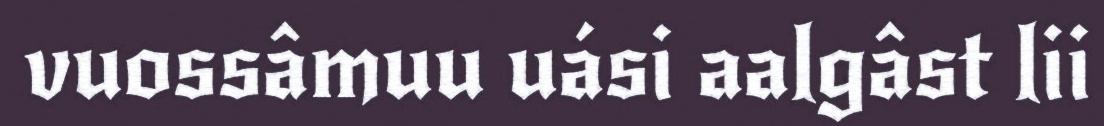
vuossâmuu uási aalgâst lii